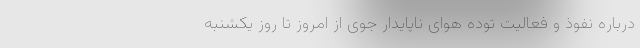
درباره نفوذ و فعالیت توده هوای ناپایدار جوی از امروز تا روز یکشنبه